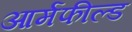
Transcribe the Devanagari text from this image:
आर्मफील्ड